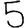
Digit: 5